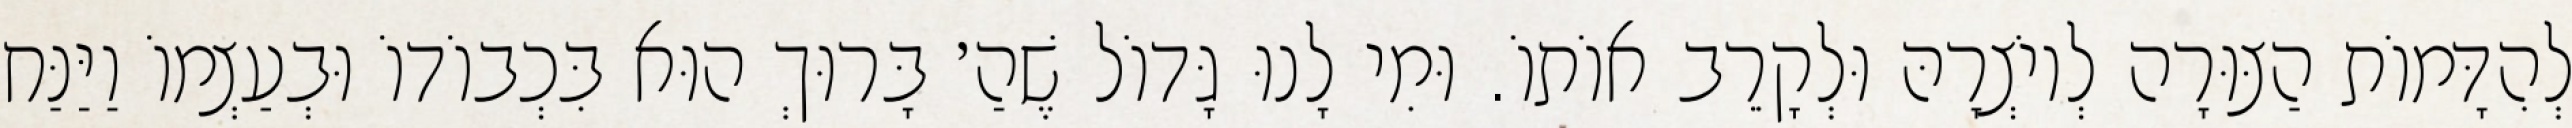
לְהִדָּמוֹת הַצּוּרָה לְיוֹצְרָהּ וּלְקָרֵב אוֹתוֹ. וּמִי לָנוּ גָּדוֹל שֶׁהַ׳ בָּרוּךְ הוּא בִּכְבוֹדוֹ וּבְעַצְמוֹ וַיַּנַּח